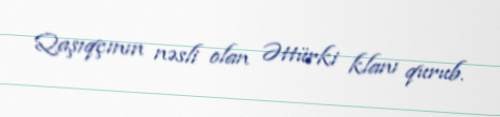
Qaşıqçının nəsli olan Əttürki klanı qurub.